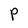
Character: P